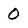
Character: O